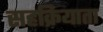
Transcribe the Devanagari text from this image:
सहक्रियाता